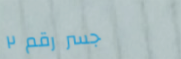
جسر رقم ٢